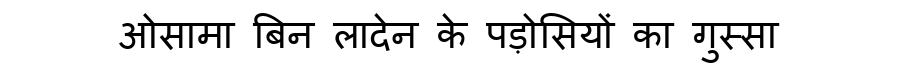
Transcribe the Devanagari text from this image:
ओसामा बिन लादेन के पड़ोसियों का गुस्सा